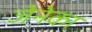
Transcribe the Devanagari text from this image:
जेनेका